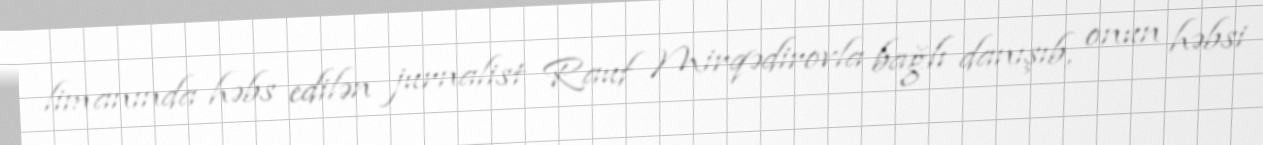
limanında həbs edilən jurnalist Rauf Mirqədirovla bağlı danışıb, onun həbsi